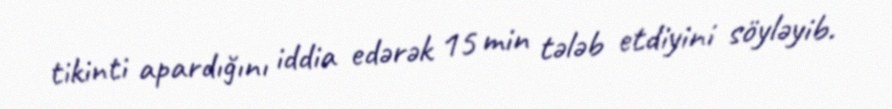
tikinti apardığını iddia edərək 15 min tələb etdiyini söyləyib.